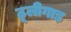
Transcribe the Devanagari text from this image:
ठूलीगाड़